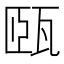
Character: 㼢